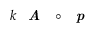
k \textbf { \textit { A } } \circ \textbf { \textit { p } }